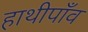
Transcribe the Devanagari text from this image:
हाथीपाँव